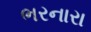
ભરનારા